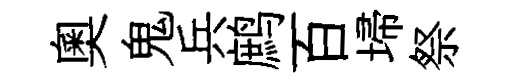
奥鬼兵鹧百埽祭